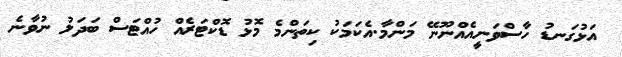
އަޅުގަނޑު ހާސްވަނީއެއްނޫނޭ މަންމާ.އެކަމަކު ކިތަންމެ މޮޅު ޑޮކްޓަރެއް ހުއްޓަސް ބަދަލު ނުވާނެ